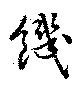
饑